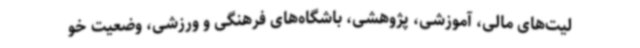
لیت‌های مالی، آموزشی، پژوهشی، باشگاه‌های فرهنگی و ورزشی، وضعیت خو